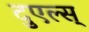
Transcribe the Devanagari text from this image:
दुएल्स्